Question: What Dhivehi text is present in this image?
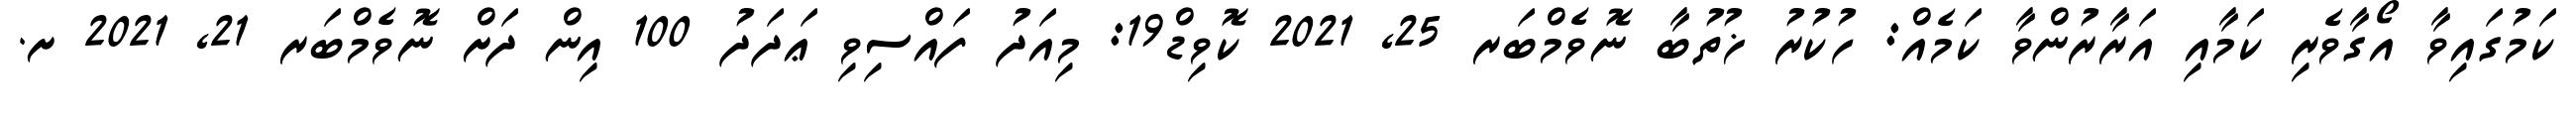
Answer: ކަމުގައިވާ އޯގާވެރި ކަމާއި އަރާރުންވާ ކަމެއް: ހުކުރު ޚުތުބާ ނޮވެމްބަރ 25, 2021 ކޮވިޑް19: މިއަދު ފައްސިވި ޢަދަދު 100 އިން ދަށް ނޮވެމްބަރ 21, 2021 ށ.